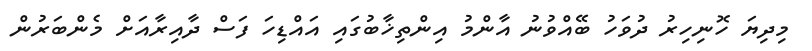
މިދިޔަ ހޮނިހިރު ދުވަހު ބޭއްވުނު އާންމު އިންތިޚާބުގައި އައްޑިހަ ފަސް ދާއިރާއަށް މެންބަރުން